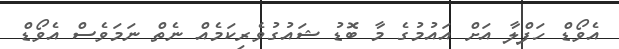
އެވޯޑް ހަފްލާ އަށް އައުމުގެ މާ ބޮޑު ޝައުގުވެރިކަމެއް ނެތް ނަމަވެސް އެވޯޑް